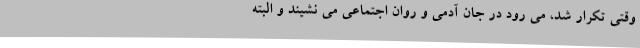
وقتی تکرار شد، می رود در جان آدمی و روان اجتماعی می نشیند و البته